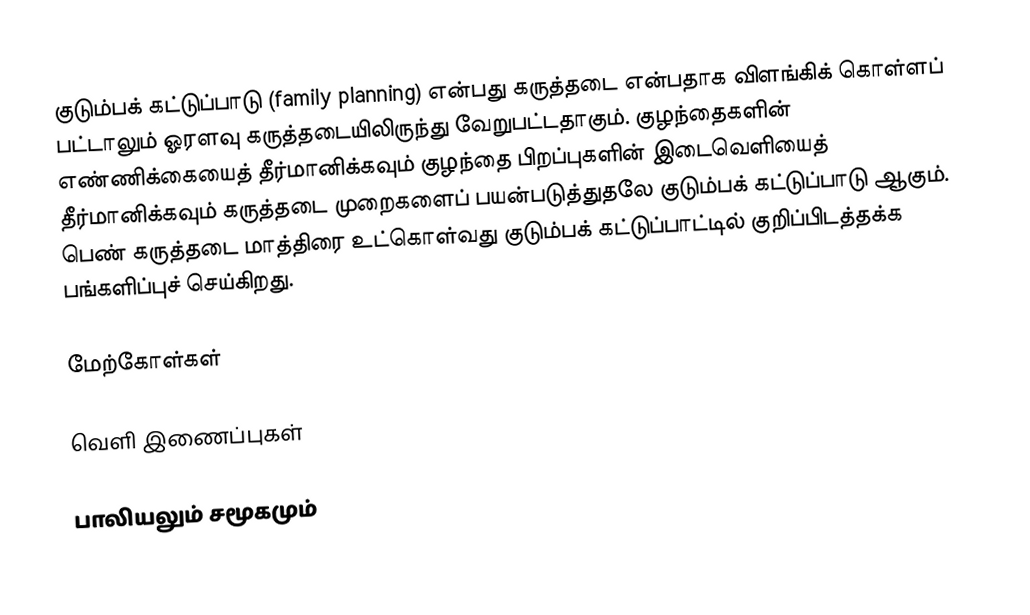
குடும்பக் கட்டுப்பாடு (family planning) என்பது கருத்தடை என்பதாக விளங்கிக் கொள்ளப் பட்டாலும் ஓரளவு கருத்தடையிலிருந்து வேறுபட்டதாகும். குழந்தைகளின் எண்ணிக்கையைத் தீர்மானிக்கவும் குழந்தை பிறப்புகளின் இடைவெளியைத் தீர்மானிக்கவும் கருத்தடை முறைகளைப் பயன்படுத்துதலே குடும்பக் கட்டுப்பாடு ஆகும். பெண் கருத்தடை மாத்திரை உட்கொள்வது குடும்பக் கட்டுப்பாட்டில் குறிப்பிடத்தக்க பங்களிப்புச் செய்கிறது.

மேற்கோள்கள்

வெளி இணைப்புகள்

பாலியலும் சமூகமும்